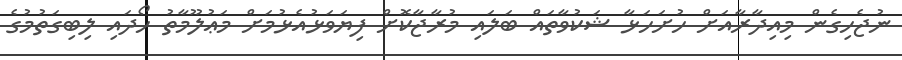
ނުޖެހިގެން މިއިދާރާއަށް ހުށަހަޅާ ޝަކުވާތައް ބަލައި މުރާޖާކޮށް ފިޔަވަޅުއެޅުމަށް މަޢުލޫމާތު ހޯދައި ލިބިގަތުމުގެ